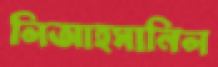
লিআহসানিল